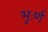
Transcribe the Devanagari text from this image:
भुःर्ण